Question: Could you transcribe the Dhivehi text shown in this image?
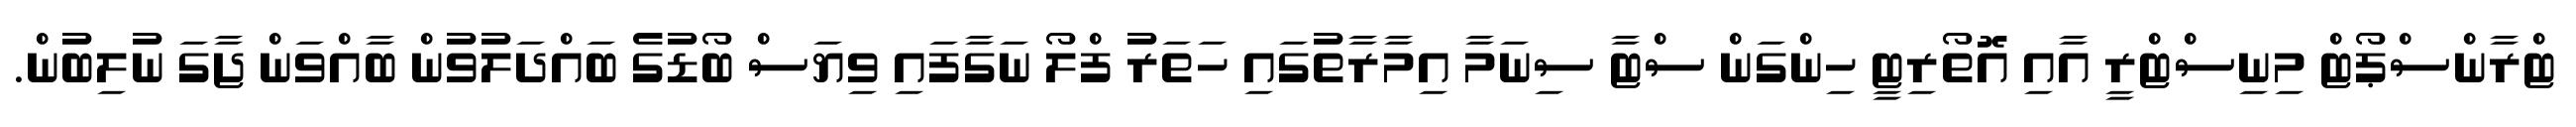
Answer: ޓްރާންސްޕޯޓް މިނިސްޓްރީ އާއި އޮތޯރިޓީ ހިންގަން ސްޓާ ސިނަމާ އިމާރާތުގައި ހަތަރު ފްލޯ ނަގާފައި ވިޔަސް ބޯޑުގެ ބައްދަލުވުން ބާއްވަން ޖާގަ ނުލިބުން.